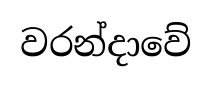
වරන්දාවේ